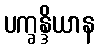
ပက္ခန္ဒိယာန